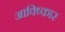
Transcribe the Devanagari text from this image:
आविष्‍कार